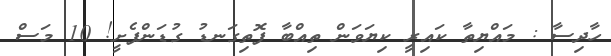
ހާދިސާ : މައްޔިތާ ކައިރީ ކިޔަވަން ތިއްބާ ފޮތިގަނޑު ގުޑަންފެށީ! 10 މަސް